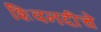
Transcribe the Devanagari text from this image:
शिवनदीचे